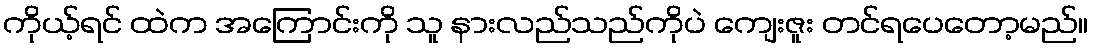
ကိုယ့်ရင် ထဲက အကြောင်းကို သူ နားလည်သည်ကိုပဲ ကျေးဇူး တင်ရပေတော့မည်။